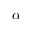
\alpha